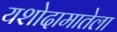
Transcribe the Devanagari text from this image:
यशोदामातेला